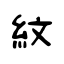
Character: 紋